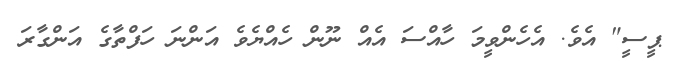
ޕީސީ" އެވެ. އެހެންވީމަ ހާއްސަ އެއް ނޫން ހެއްޔެވެ އަންނަ ހަފްތާގެ އަންގާރަ